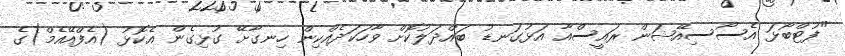
"ފުޓްބޯޅަ އެސޯސިއޭޝަން ރައީސްއާ އަޅުގަނޑު ބައްދަލުކޮށް ވާހަކަދެއްކިން ހިނގާށޭ ގުޅިގެން އެކޮޅު (އެފްއޭއެމް)ގެ